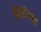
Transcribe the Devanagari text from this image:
लिपिवद्ध